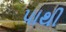
પાથી